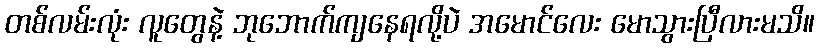
တစ်လမ်းလုံး လူတွေနဲ့ ဘုဘောက်ကျနေရလို့ပဲ အမောင်လေး မောသွားပြီလားမသိ။